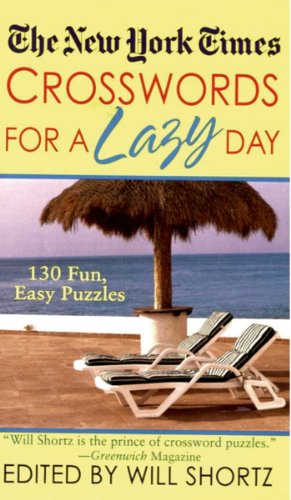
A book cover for The New York Times Crosswords For A Lazy Day: 130 Fun, Easy Puzzles (New York Times Crossword Puzzles); The New York Times; Humor & Entertainment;